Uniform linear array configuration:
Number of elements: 24
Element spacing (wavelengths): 0.25
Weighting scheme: blackman
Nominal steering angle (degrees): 15
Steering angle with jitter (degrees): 15.544
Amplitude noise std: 0.05
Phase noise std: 0.05

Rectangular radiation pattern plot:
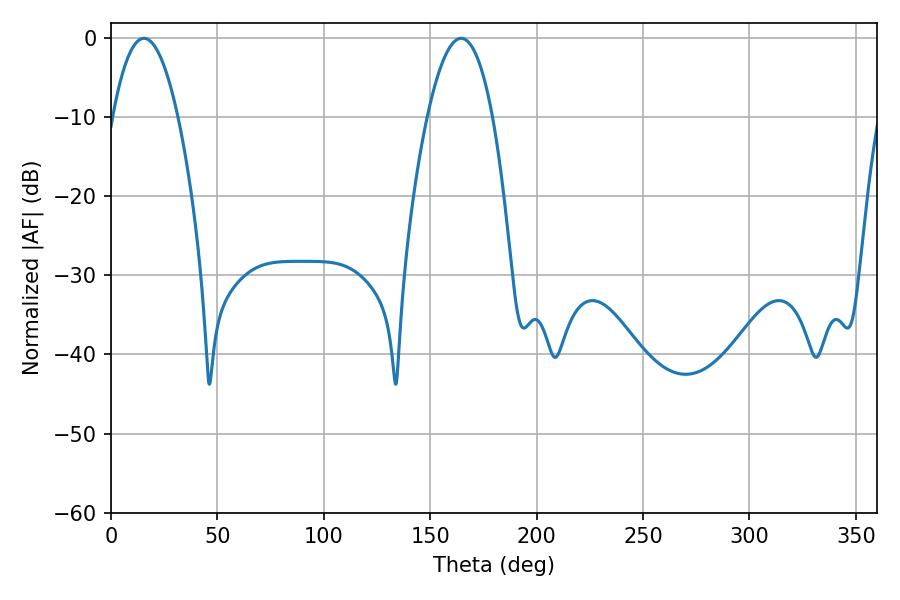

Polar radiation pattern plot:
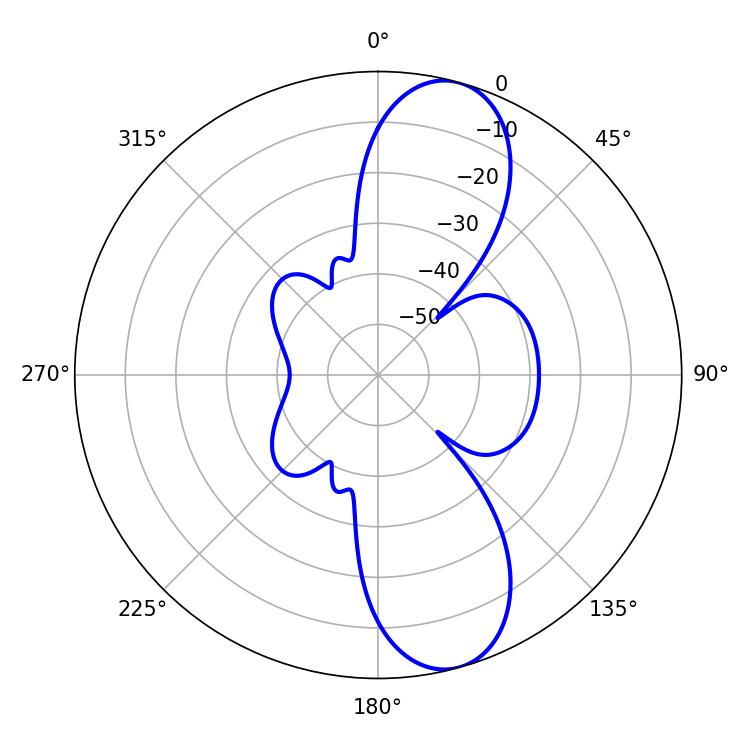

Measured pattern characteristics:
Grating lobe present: FALSE
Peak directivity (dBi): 10.645
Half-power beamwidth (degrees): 16.92
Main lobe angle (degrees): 15.48